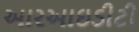
આરઆઇડીટી